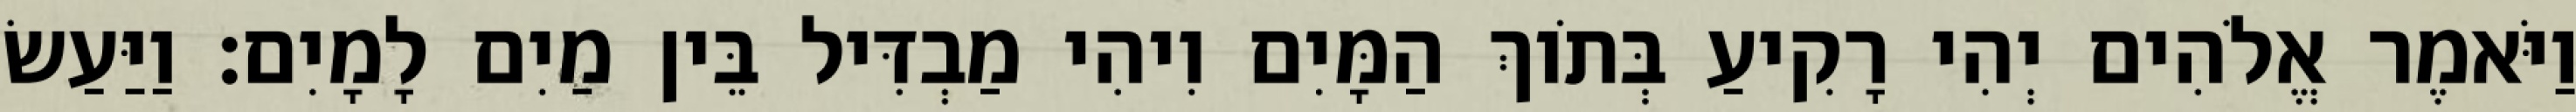
וַיֹּאמֶר אֱלֹהִים יְהִי רָקִיעַ בְּתֹוךְ הַמָּיִם וִיהִי מַבְדִּיל בֵּין מַיִם לָמָיִם׃ וַיַּעַשׂ